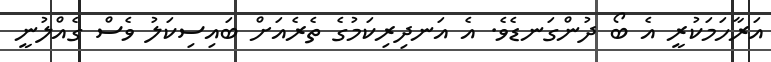
އަރާހަމަކުރީ އެ ބޯ ދުންގަނޑެވެ. އެ އަނދިރިކަމުގެ ތެރެއަށް ބައިސިކަލު ވެސް ގެއްލުނީ